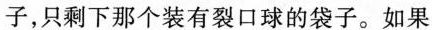
子，只剩下那个装有裂口球的袋子。如果